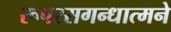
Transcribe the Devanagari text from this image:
रूपरसगन्धात्मने